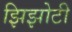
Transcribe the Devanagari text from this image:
झिझोटी